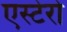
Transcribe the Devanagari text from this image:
एस्टेरो